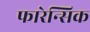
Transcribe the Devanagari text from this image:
फारेन्सिक